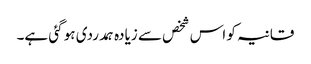
قانیہ کو اس شخص سے زیادہ ہمدردی ہو گئی ہے۔